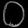
Digit: ၀